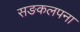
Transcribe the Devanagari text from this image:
सङकलपना